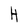
Character: H